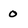
Character: 0